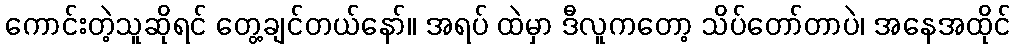
ကောင်းတဲ့သူဆိုရင် တွေ့ချင်တယ်နော်။ အရပ် ထဲမှာ ဒီလူကတော့ သိပ်တော်တာပဲ၊ အနေအထိုင်